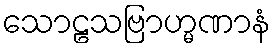
သောဠသဗြာဟ္မဏာနံ